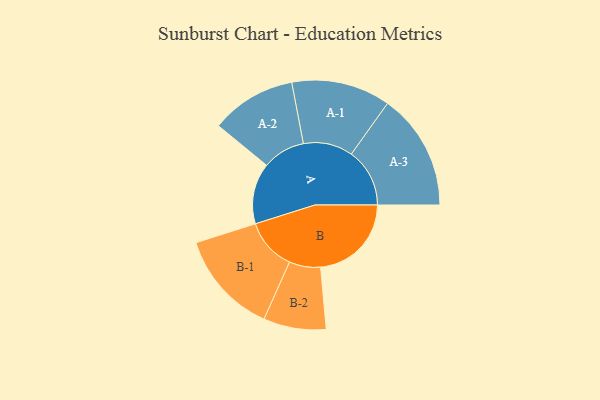
{"axis": {"x": "Segment", "y": "Value"}, "legend": ["", "A", "B"], "data": [{"x": "A", "y": 214, "type": ""}, {"x": "B", "y": 319, "type": ""}, {"x": "A-1", "y": 174, "type": "A"}, {"x": "A-2", "y": 150, "type": "A"}, {"x": "A-3", "y": 205, "type": "A"}, {"x": "B-1", "y": 182, "type": "B"}, {"x": "B-2", "y": 110, "type": "B"}]}